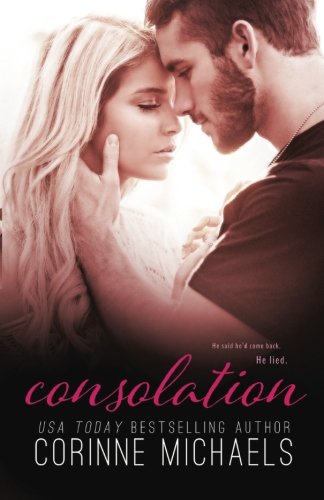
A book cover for Consolation (The Consolation Duet ) (Volume 1); Corinne Michaels; Romance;